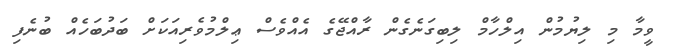
ވީމާ މި ލިޔުމުން އިލްހާމް ލިބިގަނެގެން ރާއްޖޭގެ އެއްވެސް ޢިލްމުވެރިއަކަށް ބަދުބަހެއް ބުނެފި